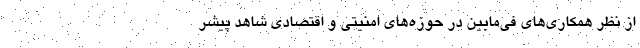
از نظر همکاری‌های فی‌مابین در حوزه‌های امنیتی و اقتصادی شاهد پیشر